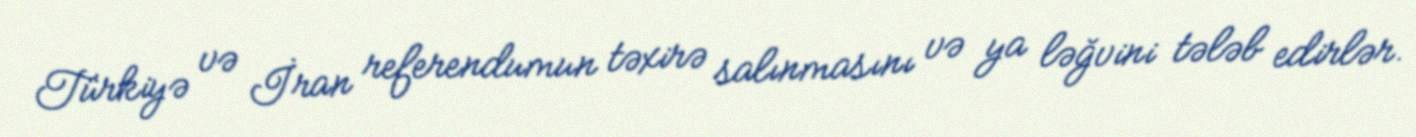
Türkiyə və İran referendumun təxirə salınmasını və ya ləğvini tələb edirlər.